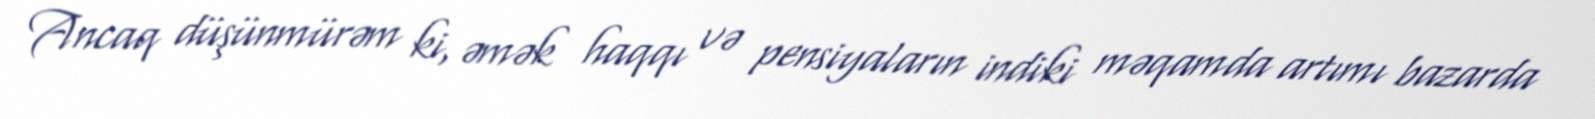
Ancaq düşünmürəm ki, əmək haqqı və pensiyaların indiki məqamda artımı bazarda